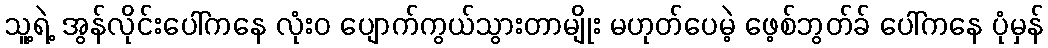
သူ့ရဲ့ အွန်လိုင်းပေါ်ကနေ လုံးဝ ပျောက်ကွယ်သွားတာမျိုး မဟုတ်ပေမဲ့ ဖေ့စ်ဘွတ်ခ် ပေါ်ကနေ ပုံမှန်